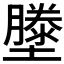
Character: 𭐂